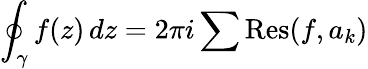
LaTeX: \oint_{\gamma}f(z)\, dz=2\pi i\sum\operatorname{Res}(f,a_{k})